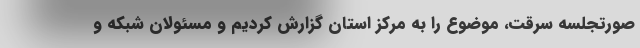
صورتجلسه سرقت، موضوع را به مرکز استان گزارش کردیم و مسئولان شبکه و